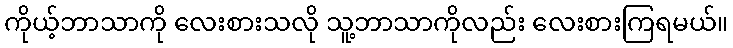
ကိုယ့်ဘာသာကို လေးစားသလို သူ့ဘာသာကိုလည်း လေးစားကြရမယ်။